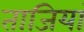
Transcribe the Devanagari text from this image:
ताजियां